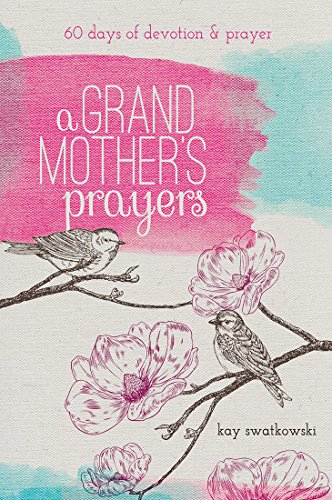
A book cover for A Grandmother's Prayers: 60 Days of Devotions and Prayer; Kay Swatkowski; Parenting & Relationships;